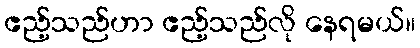
ဧည့်သည်ဟာ ဧည့်သည်လို နေရမယ်။